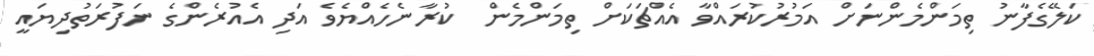
ކަލޭގެފާނު ތިމަންމެންނަށް އަމުރުކުރައްވާ އެއްޗަކަށް ތިމަންމެން  ކުރާނެހެއްޔެވެ އަދި އެއުރެންގެ ނަފުރަތުދިޔައީ